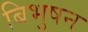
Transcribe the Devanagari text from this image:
बिभुषन